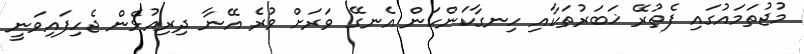
މުޖުތަމައުގައި ފެތުރޭ ޚަބަރުތަކާއި ހިނގާކަންކަން އެނގޭ ވަރަށް ވުރެ އޭނާ ދިރިއުޅެން ޖެހިފައިވަނީ